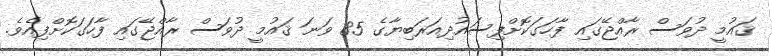
ޤައުމީ ދުވަސް ރާއްޖޭގައި ފާހަގަކޮށްފިސައުދިއަރަބިޔާގެ 85 ވަނަ ޤައުމީ ދުވަސް ރާއްޖޭގައި ފާހަގަކޮށްފިއެވެ.